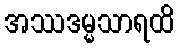
အဿဒမ္မသာရထိ